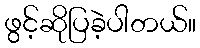
ဖွင့်ဆိုပြခဲ့ပါတယ်။